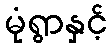
မုံရွာနှင့်